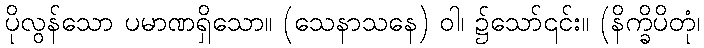
ပိုလွန်သော ပမာဏရှိသော။ (သေနာသနေ) ဝါ၊ ၌သော်၎င်း။ (နိက္ခိပိတုံ၊